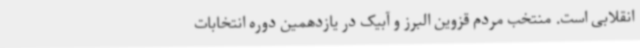
انقلابی است. منتخب مردم قزوین البرز و آبیک در یازدهمین دوره انتخابات